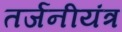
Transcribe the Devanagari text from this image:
तर्जनीयंत्र